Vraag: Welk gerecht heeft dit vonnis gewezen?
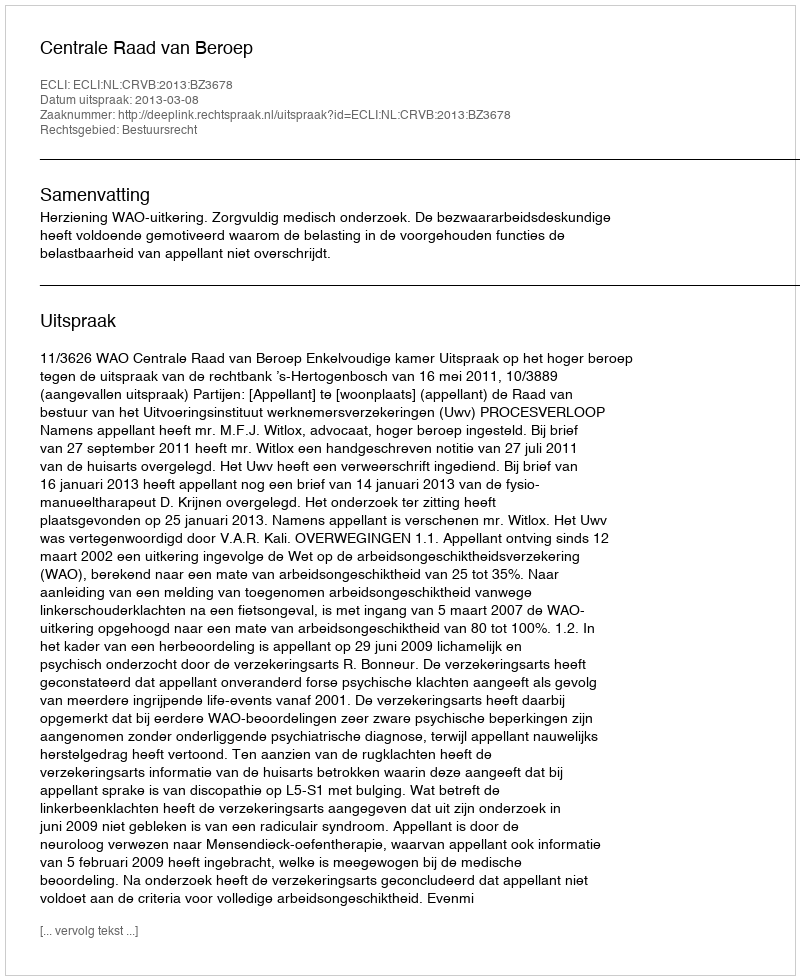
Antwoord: Centrale Raad van Beroep